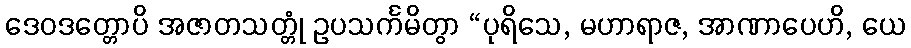
ဒေဝဒတ္တောပိ အဇာတသတ္တုံ ဥပသင်္ကမိတွာ “ပုရိသေ, မဟာရာဇ, အာဏာပေဟိ, ယေ